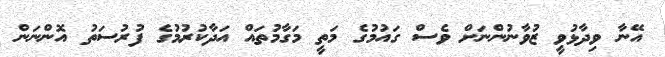
އޭނާ ވިދާޅުވީ ޒުވާނުންނަށް ވެސް ގައުމުގެ މަތީ މަގާމުތައް އަދާކުރުމުގެ ފުރުސަތު އޮންނަން